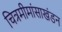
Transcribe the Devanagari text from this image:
चित्रमीमांसाखंडन